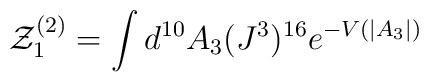
{\cal Z}^{(2)}_1 = \int d^{10} A_3 (J^3)^{16} e^{-V(|A_3|)}